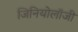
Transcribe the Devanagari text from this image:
जिनियोलॉजी